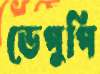
ডেপুপি